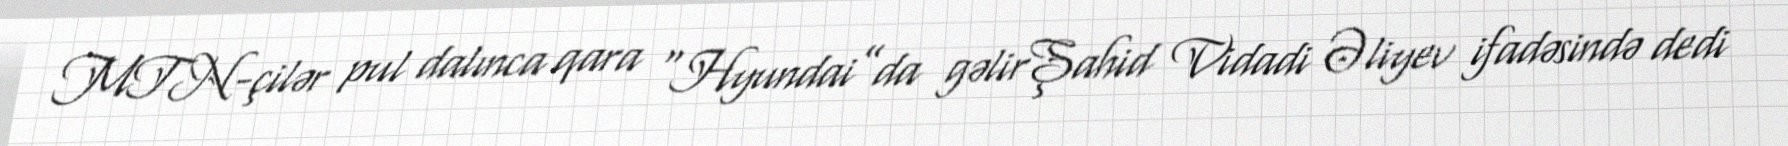
MTN-çilər pul dalınca qara “Hyundai”da gəlirŞahid Vidadi Əliyev ifadəsində dedi